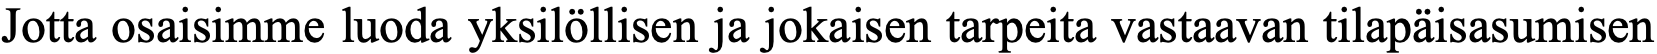
Jotta osaisimme luoda yksilöllisen ja jokaisen tarpeita vastaavan tilapäisasumisen